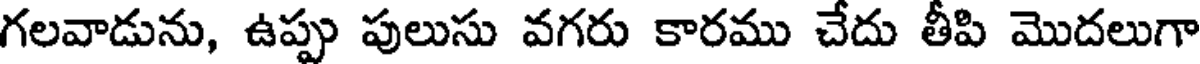
గలవాడును, ఉప్పు పులుసు వగరు కారము చేదు తీపి మొదలుగా